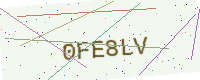
Text: 0FE8LV